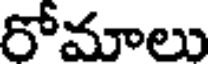
రోమాలు